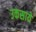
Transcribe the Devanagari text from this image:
उकसाये